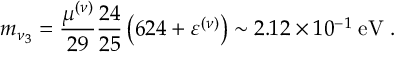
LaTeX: m _ { \nu _ { 3 } } = \frac { \mu ^ { ( \nu ) } } { 2 9 } \frac { 2 4 } { 2 5 } \left( 6 2 4 + \varepsilon ^ { ( \nu ) } \right) \sim 2 . 1 2 \times 1 0 ^ { - 1 } \; \mathrm { e V } \; .